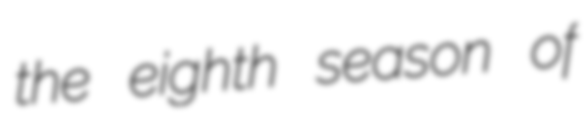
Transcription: the eighth season of